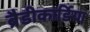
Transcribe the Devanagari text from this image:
ब्रैडीकार्डिया